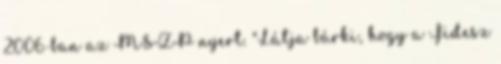
2006-ban az MSZP nyert. "Látja bárki, hogy a Fidesz